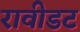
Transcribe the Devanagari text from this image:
रावीडट